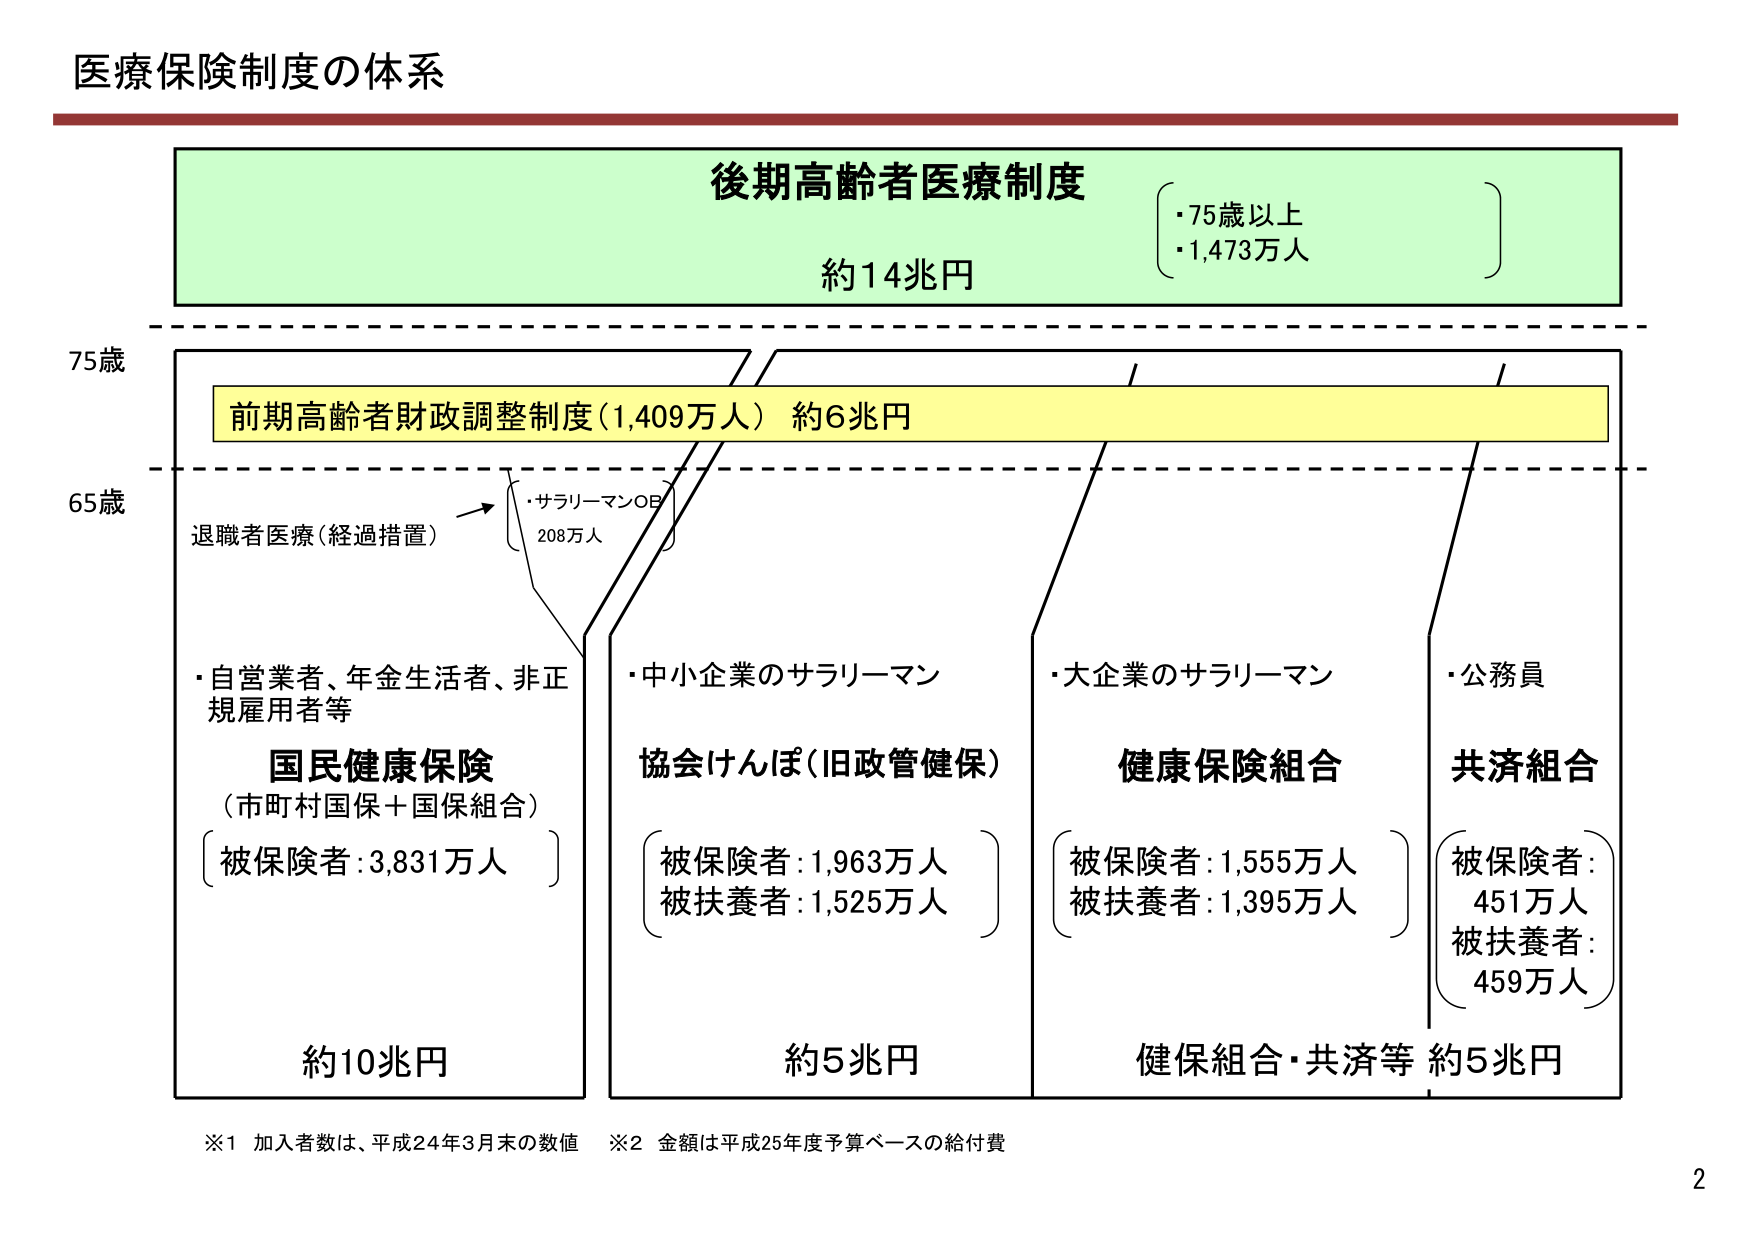
医療保険制度の体系

後期高齢者医療制度
・75歳以上
・1,473万人
約14兆円

75歳

前期高齢者財政調整制度（1,409万人） 約6兆円

65歳

退職者医療（経過措置）
・サラリーマンOB
208万人

・自営業者、年金生活者、非正規雇用者等
国民健康保険
（市町村国保＋国保組合）
被保険者：3,831万人
約10兆円

・中小企業のサラリーマン
協会けんぽ（旧政管健保）
被保険者：1,963万人
被扶養者：1,525万人
約5兆円

・大企業のサラリーマン
健康保険組合
被保険者：1,555万人
被扶養者：1,395万人

・公務員
共済組合
被保険者：451万人
被扶養者：459万人
健保組合・共済等 約5兆円

※1 加入者数は、平成24年3月末の数値
※2 金額は平成25年度予算ベースの給付費

2